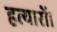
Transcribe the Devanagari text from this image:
हत्यारों।